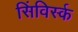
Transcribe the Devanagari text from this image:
सिंविर्स्क